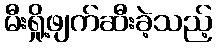
မီးရှို့ဖျက်ဆီးခဲ့သည့်